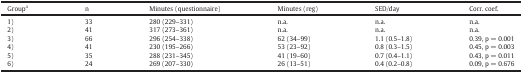
<table><thead><tr><td><b>Groupa</b></td><td><b>n</b></td><td><b>Minutes (questionnaire)</b></td><td><b>Minutes (reg)</b></td><td><b>SED/day</b></td><td><b>Corr. coef.</b></td></tr></thead><tbody><tr><td>1)</td><td>33</td><td>280 (229–331)</td><td>n.a.</td><td>n.a.</td><td>n.a.</td></tr><tr><td>2)</td><td>41</td><td>317 (273–361)</td><td>n.a.</td><td>n.a.</td><td>n.a.</td></tr><tr><td>3)</td><td>66</td><td>296 (254–338)</td><td>62 (34–99)</td><td>1.1 (0.5–1.8)</td><td>0.39, p = 0.001</td></tr><tr><td>4)</td><td>41</td><td>230 (195–266)</td><td>53 (23–92)</td><td>0.8 (0.3–1.5)</td><td>0.45, p = 0.003</td></tr><tr><td>5)</td><td>35</td><td>288 (231–345)</td><td>41 (19–60)</td><td>0.7 (0.4–1.1)</td><td>0.43, p = 0.011</td></tr><tr><td>6)</td><td>24</td><td>269 (207–330)</td><td>26 (13–51)</td><td>0.4 (0.2–0.8)</td><td>0.09, p = 0.676</td></tr></tbody></table>